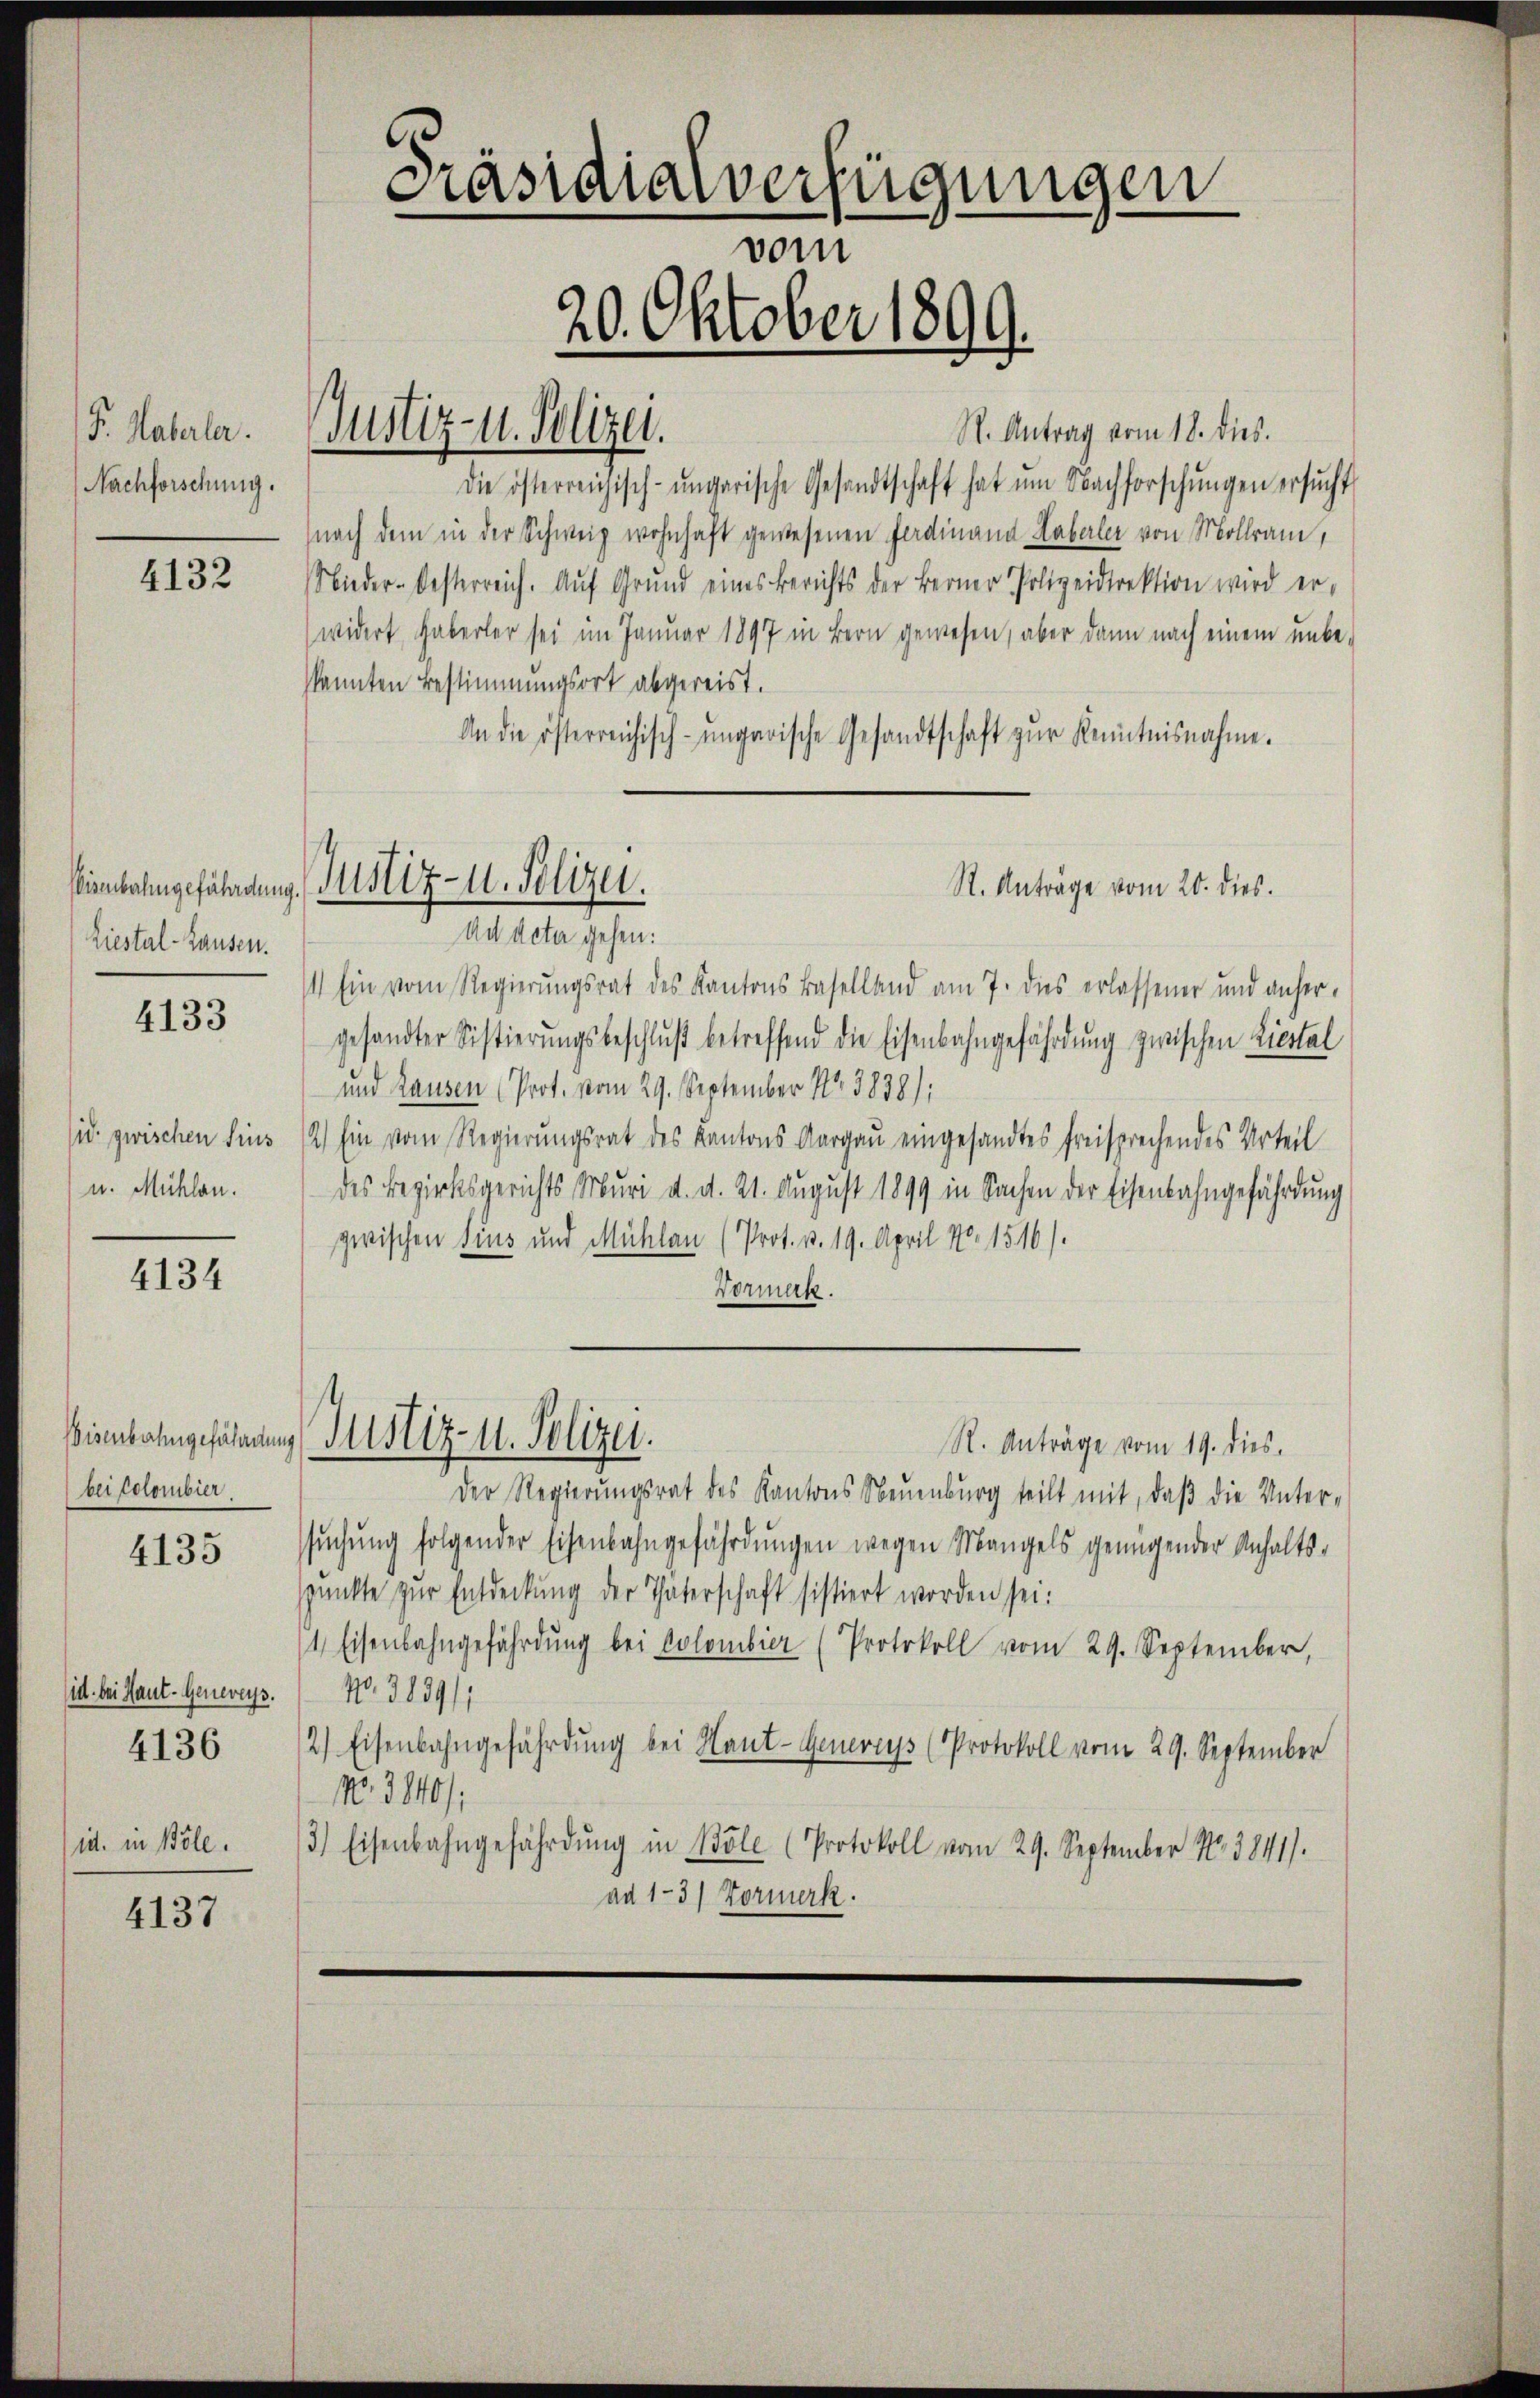
P. Haberlar.
Nachforschung.

4132

Eisenbahngefährdung
Liestal-Hausen.

4133

id zwischen Fins
u. Mühlen.

4134

Eisenbahngefährdung
(bei Colombier

4135

id bei Haut- Generers.
4136

id. in Böle.

4137

Präsidialverfügungen
vom
20. Oktober 1899.

Justiz- u. Polizei.

St. Antrag vom 18. dies.
die österreichisch-ungarische Gesandtschaft hat um Nachforschŭngen ersŭcht
nach dem in der Schweiz wohnhaft gewesenen Ferdinand Haberler von Mollram,
Nieder-Oesterreich. Auf Grund eines Berichts der Berner Polizeidirektion wird er-
widert haberler sei im Januar 1897 in Bern gewesen, aber dann nach einem unbe-
kannten Bestimmungsort abgereist.
An die österreichisch-ungarische Gesandtschaft zŭr Kenntnisnahme.
Justiz- u. Polizei.
St. Anträge vom 20. dies.
Ad Acta gehen:
1) Ein vom Regierungsrat des Kantons Baselland am 7. dies erlassener und anher-
gesandter Sistierŭngsbeschlŭβ betreffend die Eisenbahngefährdung zwischen Liestal
und Hausen (Prot. vom 29. September No. 5838),
2) Ein vom Regierungsrat des Kantons Aargau eingesandtes freisprechendes Urteil
des Bezirksgerichts Muri d. d. 21. August 1899 in Sachen der Eisenbahngefährdung
zwischen Sins und Mühlen (Prot. v. 19. April 170. 1516).
Vorman.

Justiz- u. Polizei.

R. Anträge vom 19. dies
Der Regierŭngsrat des Kantons Neuenburg teilt mit, daβ die Unter-
ssŭchŭng folgender Eisenbahngefährdŭngen wegen Mangels genügender Anhalts-
unkte zur Entdeckung der Thäterschaft sistiert worden sei.
4 Eisenbahngefährdung bei Colombier (Protokoll vom 29. September,
No. 3189/1
2) Eisenbahngefährdung bei Haut-Generess (Protokoll vom 29. September
No. 3840/:
3) Eisenbahngefährdŭng in Böle (Protokoll vom 29. September N. 3841).
ad 1-3) Formerk.